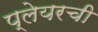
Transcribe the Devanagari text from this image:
प्लेयरची